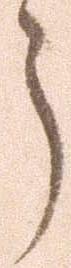
う